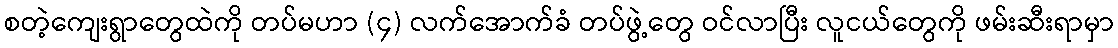
စတဲ့ကျေးရွာတွေထဲကို တပ်မဟာ (၄) လက်အောက်ခံ တပ်ဖွဲ့တွေ ဝင်လာပြီး လူငယ်တွေကို ဖမ်းဆီးရာမှာ